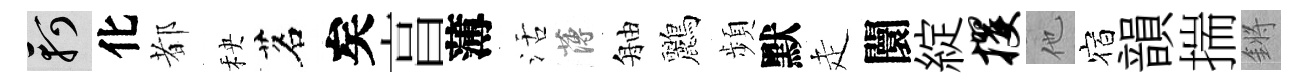
軻化都秧茗矣亯薄活薄舳鸝頻默走闤綻攫他宿韻揣鏘